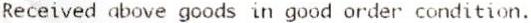
RECEIVED ABOVE GOODS IN GOOD ORDER CONDITION.